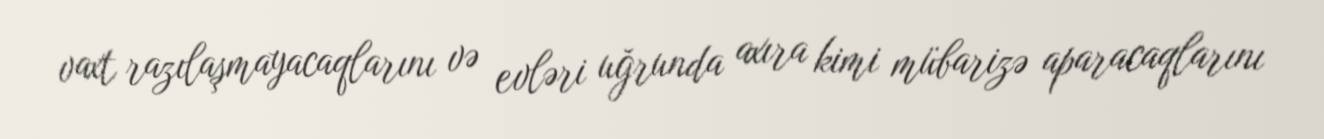
vaxt razılaşmayacaqlarını və evləri uğrunda axıra kimi mübarizə aparacaqlarını